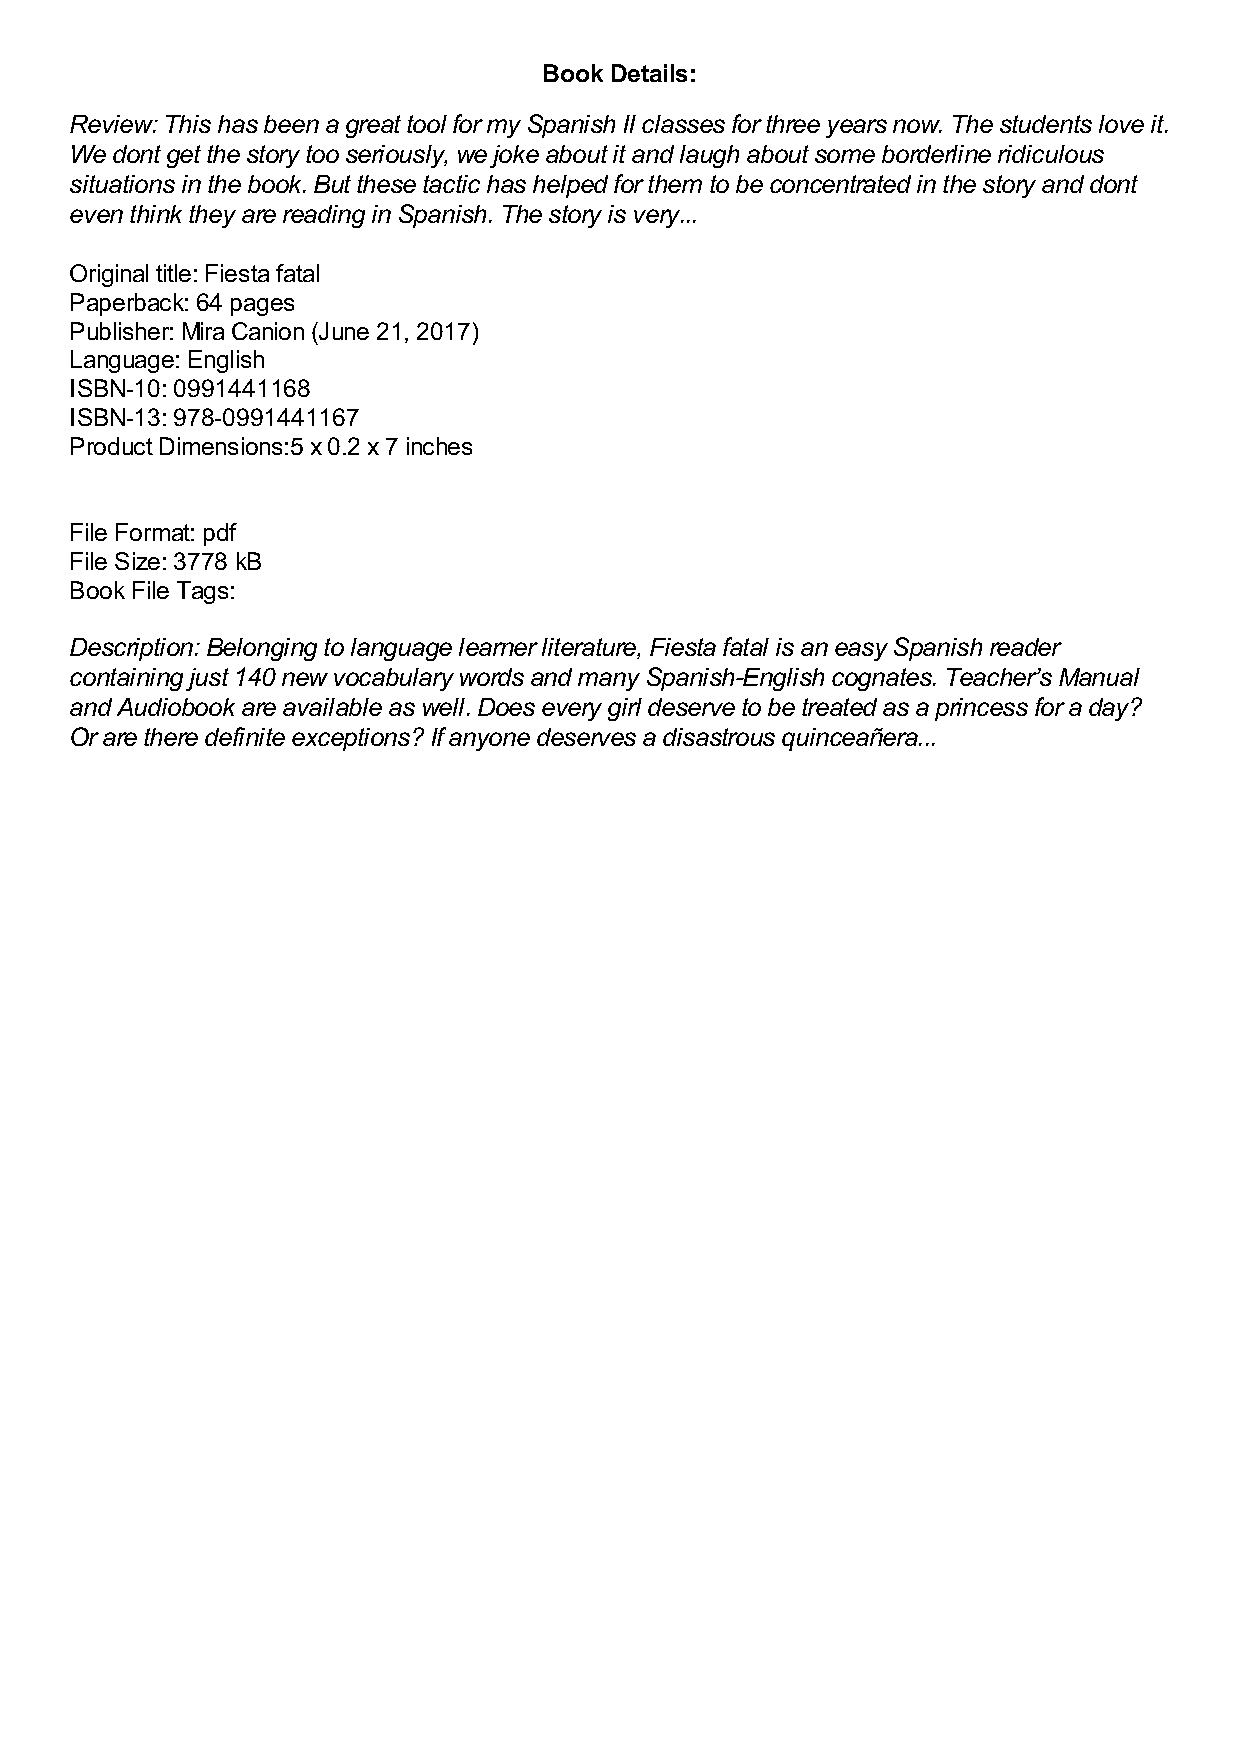
Book Details:
 Review: This has been a great tool for my Spanish II classes for three years now. The students love it.
 We dont get the story too seriously, we joke about it and laugh about some borderline ridiculous
 situations in the book. But these tactic has helped for them to be concentrated in the story and dont
 even think they are reading in Spanish. The story is very...
 Original title: Fiesta fatal
 Paperback: 64 pages
 Publisher: Mira Canion (June 21, 2017)
 Language: English
 ISBN-10: 0991441168
 ISBN-13: 978-0991441167
 Product Dimensions:5 x 0.2 x 7 inches
 File Format: pdf
 File Size: 3778 kB
 Book File Tags:
 Description: Belonging to language learner literature, Fiesta fatal is an easy Spanish reader
 containing just 140 new vocabulary words and many Spanish-English cognates. Teacher’s Manual
 and Audiobook are available as well. Does every girl deserve to be treated as a princess for a day?
 Or are there definite exceptions? If anyone deserves a disastrous quinceañera...